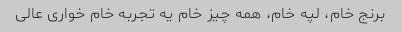
برنج خام، لپه خام، همه چیز خام یه تجربه خام خواری عالی